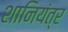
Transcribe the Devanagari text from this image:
शानियंत्र